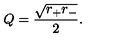
Q = { \frac { \sqrt { r _ { + } r _ { - } } } { 2 } } .